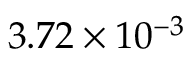
3 . 7 2 \times 1 0 ^ { - 3 }